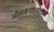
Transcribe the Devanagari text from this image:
ओम्स्कखालोखाल